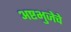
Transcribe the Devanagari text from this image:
अष्टभुजेचे